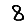
Digit: 8